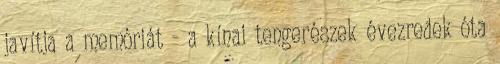
javítja a memóriát - a kínai tengerészek évezredek óta